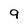
Character: 9